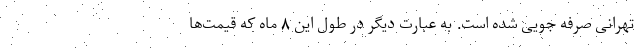
تهرانی صرفه جویی شده است. به عبارت دیگر در طول این ۸ ماه که قیمت‌ها